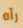
رآه